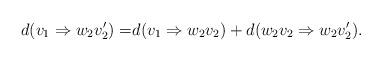
LaTeX: \begin{align*}d(v_1\Rightarrow w_2 v_2') =& d(v_1\Rightarrow w_2 v_2) + d(w_2v_2\Rightarrow w_2 v_2').\end{align*}